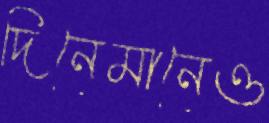
দিনেমানেও